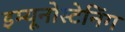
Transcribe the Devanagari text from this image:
इम्यूनोस्टेनिंग